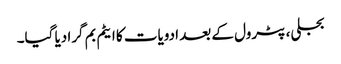
بجلی، پٹرول کے بعد ادویات کا ایٹم بم گرا دیا گیا۔